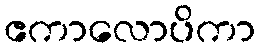
ဧကာလောပိကာ